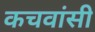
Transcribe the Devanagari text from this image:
कचवांसी